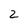
Character: 2